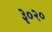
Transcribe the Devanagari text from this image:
३०२०